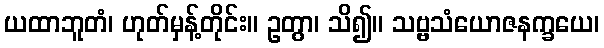
ယထာဘူတံ၊ ဟုတ်မှန့်တိုင်း။ ဥတွာ၊ သိ၍။ သဗ္ဗသံယောဇနက္ခယေ၊